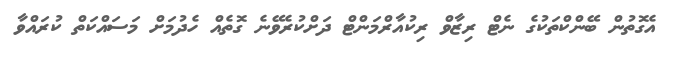
އެގޮތުން ބޭންކްތަކުގެ ނެޓް ރިޒާވް ރިކުއާރްމަންޓް ދަށްކުރެވޭނެ ގޮތެއް ހެދުމަށް މަސައްކަތް ކުރައްވާ